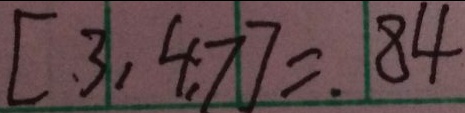
[ 3 , 4 , 7 ] = 8 4